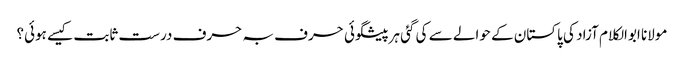
مولانا ابوالکلام آزاد کی پاکستان کے حوالے سے کی گئی ہرپیشگوئی حرف بہ حرف درست ثابت کیسے ہوئی؟